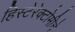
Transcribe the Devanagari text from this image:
हिस्टेरेक्टोमीचे